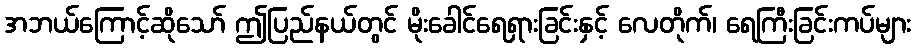
အဘယ်ကြောင့်ဆိုသော် ဤပြည်နယ်တွင် မိုးခေါင်ရေရှားခြင်းနှင့် လေတိုက်၊ ရေကြီးခြင်းကပ်များ